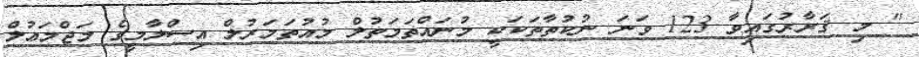
'' މި ޤަރާރުގައިވާ 123 ވަނަ ނުކުތާތަކަކީ މުނައްޡަމަތުލް މުއުތަމަރުލް އިސްލާމީގެ މަޖްމަޢުލް